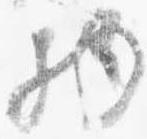
物